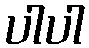
ပါပါ